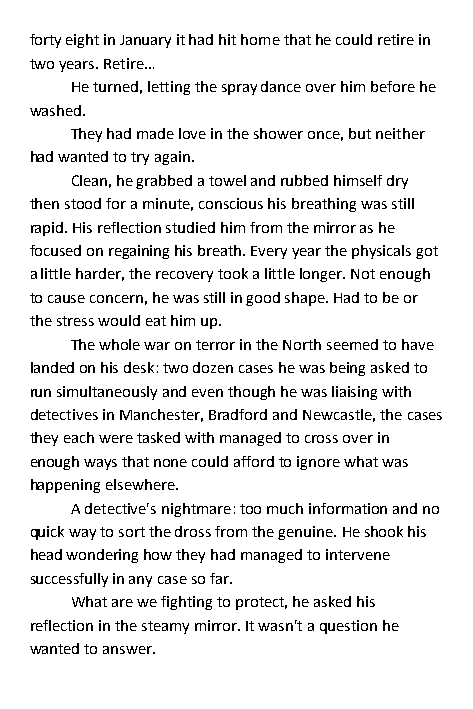
forty eight in January it had hit home that he could retire in
 two years. Retire…
 He turned, letting the spray dance over him before he
 washed.
 They had made love in the shower once, but neither
 had wanted to try again.
 Clean, he grabbed a towel and rubbed himself dry
 then stood for a minute, conscious his breathing was still
 rapid. His reflection studied him from the mirror as he
 focused on regaining his breath. Every year the physicals got
 a little harder, the recovery took a little longer. Not enough
 to cause concern, he was still in good shape. Had to be or
 the stress would eat him up.
 The whole war on terror in the North seemed to have
 landed on his desk: two dozen cases he was being asked to
 run simultaneously and even though he was liaising with
 detectives in Manchester, Bradford and Newcastle, the cases
 they each were tasked with managed to cross over in
 enough ways that none could afford to ignore what was
 happening elsewhere.
 A detective's nightmare: too much information and no
 quick way to sort the dross from the genuine. He shook his
 head wondering how they had managed to intervene
 successfully in any case so far.
 What are we fighting to protect, he asked his
 reflection in the steamy mirror. It wasn't a question he
 wanted to answer.